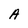
Character: A